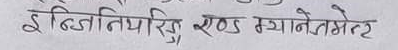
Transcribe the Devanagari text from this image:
इन्जिनियरिङ एण्ड म्यानेजमेन्ट